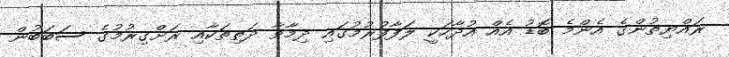
ރައްޔިތުންގެ އެންމެ ބޮޑު އެއް އުދާހަކީ ލަފާފުރުމުގައި ދިމާވާ ދަތިތަކާއި ރަށްގިރުމުގެ ސަބަބުން